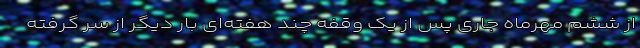
از ششم مهرماه جاری پس از یک وقفه چند هفته‌ای بار دیگر از سر گرفته